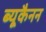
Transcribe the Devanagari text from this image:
ब्यूकैनन